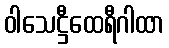
ဝါသေဋ္ဌီထေရီဂါထာ